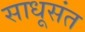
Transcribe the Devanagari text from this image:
साधूसंत